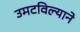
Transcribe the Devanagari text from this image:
उमटविल्याने